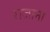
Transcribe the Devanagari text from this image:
राजाना